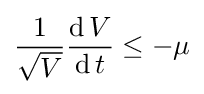
{\frac {1}{\sqrt {V}}}{\frac {\operatorname {d} V}{\operatorname {d} t}}\leq -\mu